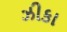
ઝીકા